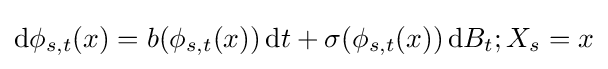
\mathrm {d} \phi _{s,t}(x)=b(\phi _{s,t}(x))\,\mathrm {d} t+\sigma {(\phi _{s,t}(x))}\,\mathrm {d} B_{t};X_{s}=x